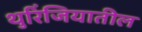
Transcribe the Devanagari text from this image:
थुरिंजियातील